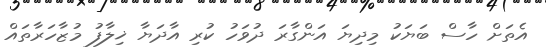
އެތަށް ހާސް ބަޔަކު މިދިޔަ އަންގާރަ ދުވަހު ކުރި އާދަޔާ ޚިލާފު މުޒާހަރާތައް